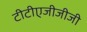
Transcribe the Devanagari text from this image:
टीटीएजीजीजी